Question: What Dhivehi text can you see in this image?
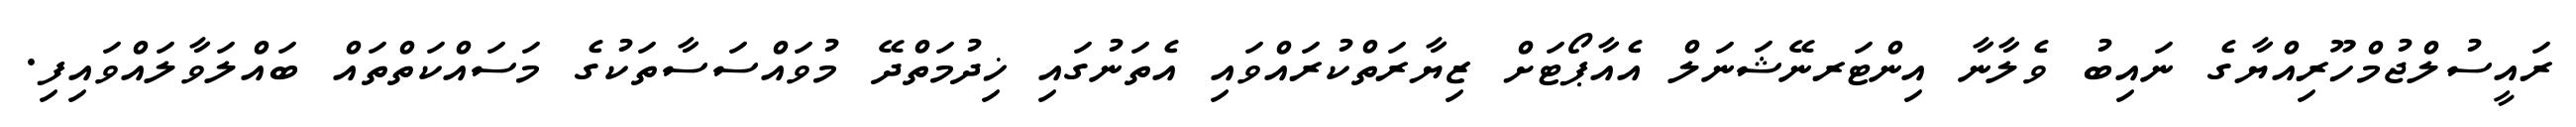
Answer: ރައީސުލްޖުމްހޫރިއްޔާގެ ނައިބު ވެލާނާ އިންޓަރނޭޝަނަލް އެއާޕޯޓަށް ޒިޔާރަތްކުރައްވައި އެތަނުގައި ޚިދުމަތްދޭ މުވައްސަސާތަކުގެ މަސައްކަތްތައް ބައްލަވާލައްވައިފި.